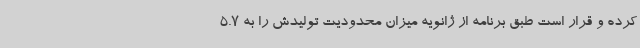
کرده و قرار است طبق برنامه از ژانویه میزان محدودیت تولیدش را به 5.7